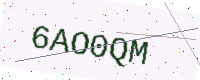
Text: 6AO0QM